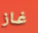
غاز